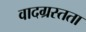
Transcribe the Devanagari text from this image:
वादग्रस्तता